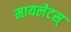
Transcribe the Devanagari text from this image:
मायलेटस्